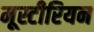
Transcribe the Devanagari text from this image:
मूस्टीरियन